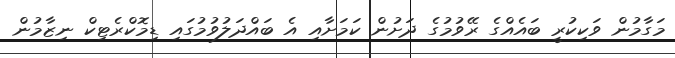
މަގާމުން ވަކިކުރީ ބައެއްގެ ރޭވުމުގެ ދަށުން ކަމަށާއި އެ ބައްދަލުވުމުގައި ޑިމޮކްރެޓިކް ނިޒާމުން